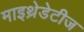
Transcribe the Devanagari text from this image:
माइथ्रेडेटीज